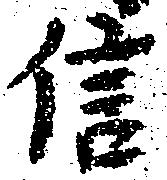
信